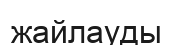
жайлауды